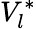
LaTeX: V_{l}^{*}